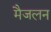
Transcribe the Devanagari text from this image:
मैजलन